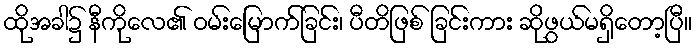
ထိုအခါ၌ နီကိုလေ၏ ဝမ်းမြောက်ခြင်း၊ ပီတိဖြစ် ခြင်းကား ဆိုဖွယ်မရှိတော့ပြီ။